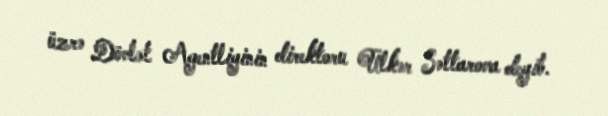
üzrə Dövlət Agentliyinin direktoru Ülkər Səttarova deyib.